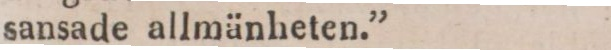
sansade allmänheten.”